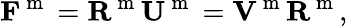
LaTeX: {\mathbf F}^{\mathrm{~m~}}={\mathbf R}^{\mathrm{~m~}}{\mathbf U}^{\mathrm{~m~}}={\mathbf V}^{\mathrm{~m~}}{\mathbf R}^{\mathrm{~m~}},